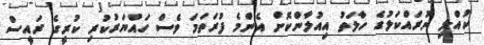
ކުއްލި ނުރައްކަލުގެ ހާލަތު އިއުލާންކޮށް އެންމެ ފުރަތަމަ ވެސް ހައްޔަރުކުރި ކުރީގެ ރައީސް